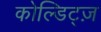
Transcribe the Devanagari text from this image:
कोल्डिट्ज़